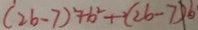
( 2 b - 7 ) ^ { 2 } + b ^ { 2 } + ( 2 b - 7 ) b